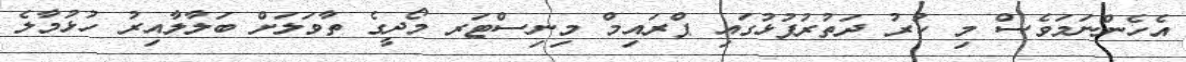
އެހެންނަމަވެސް މި ކުރު ދަތުރުފުޅުގައި ޕްރައިމް މިނިސްޓަރ މޯދީގެ ތާވަލަށް ބަލާލާއިރު ހުޅުމާލެ